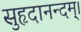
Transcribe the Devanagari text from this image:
सुहृदानन्दम्‌।